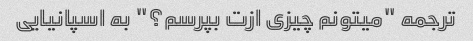
ترجمه "میتونم چیزی ازت بپرسم؟" به اسپانیایی